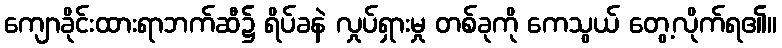
ကျောခိုင်းထားရာဘက်ဆီ၌ ရိပ်ခနဲ လှုပ်ရှားမှု တစ်ခုကို ကေသွယ် တွေ့လိုက်ရ၏။